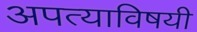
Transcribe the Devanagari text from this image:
अपत्याविषयी